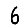
Digit: 6